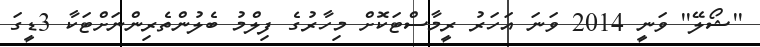
''ޝޯލޭ'' ވަނީ 2014 ވަނަ އަހަރު ރީމާސްޓަކޮށް މިހާރުގެ ފިލްމު ބެލުންތެރިންނަށްޓަކާ 3ޑީގަ